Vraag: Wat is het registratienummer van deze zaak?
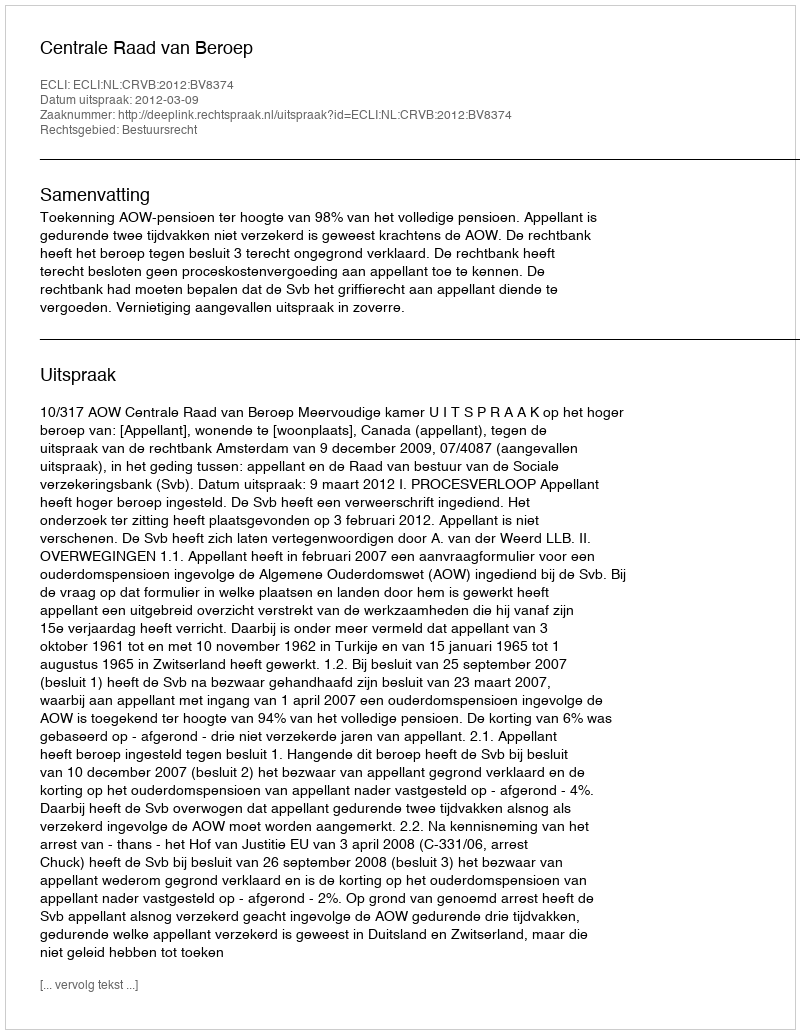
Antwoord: http://deeplink.rechtspraak.nl/uitspraak?id=ECLI:NL:CRVB:2012:BV8374